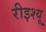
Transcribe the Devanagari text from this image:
रीइश्यू